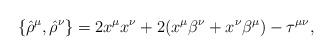
LaTeX: \begin{align*}\{{\hat\rho}^\mu,{\hat\rho}^\nu\}=2x^\mu x^\nu+2(x^\mu\beta^\nu+x^\nu\beta^\mu)-\tau^{\mu\nu},\end{align*}